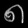
Digit: ၈